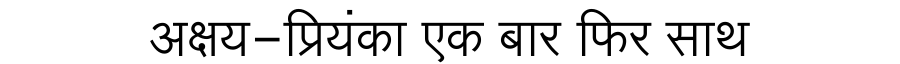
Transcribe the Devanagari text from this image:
अक्षय-प्रियंका एक बार फिर साथ